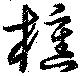
櫄